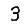
Digit: 3